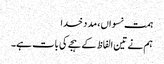
ہمت نسواں، مد د خدا
ہم نے تین الفاظ کے ہجے کی بات ہے۔